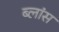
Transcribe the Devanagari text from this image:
ब्लांस